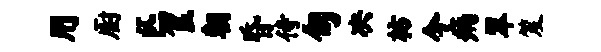
用厨匹筐朝昏侍旬决枋今病翠笈